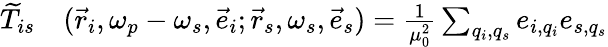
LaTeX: \begin{array}{rl}{\widetilde{T}_{is}}&{{}(\vec{r}_{i},\omega_{p}-\omega_{s},\vec{e}_{i};\vec{r}_{s},\omega_{s},\vec{e}_{s})=\frac{1}{\mu_{0}^{2}}\sum_{q_{i},q_{s}}e_{i,q_{i}}e_{s,q_{s}}}\end{array}